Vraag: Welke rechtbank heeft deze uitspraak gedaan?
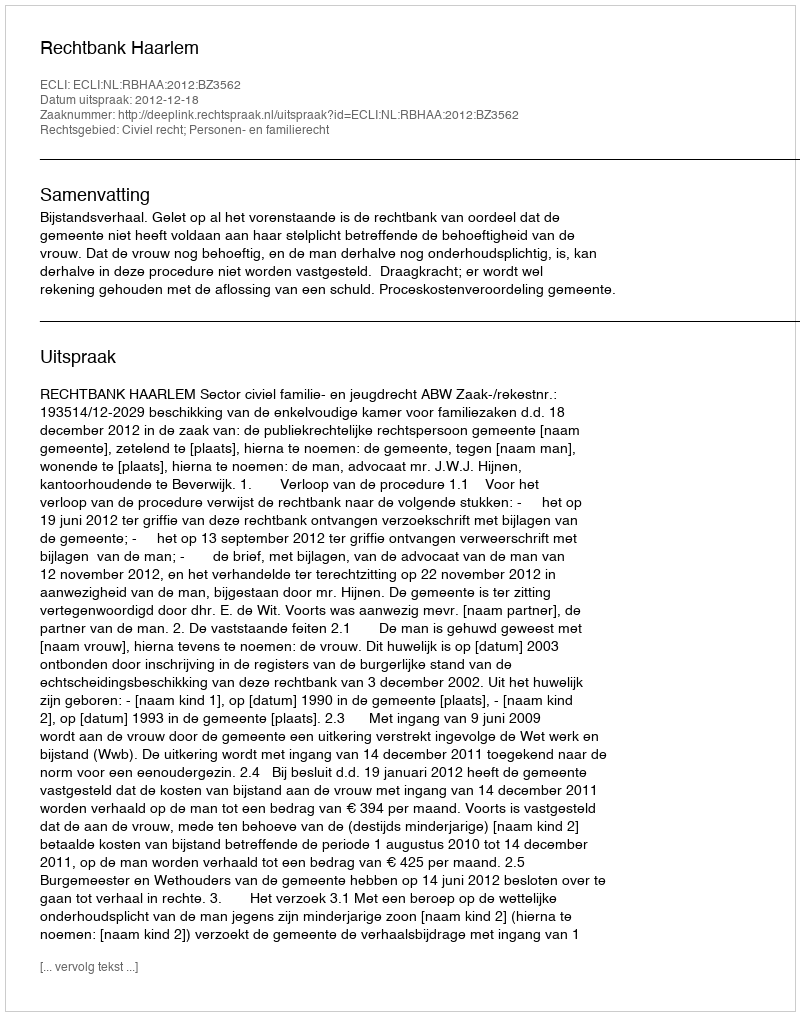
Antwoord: Rechtbank Haarlem